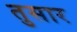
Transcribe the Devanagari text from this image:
तुसार